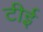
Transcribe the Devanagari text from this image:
टीई